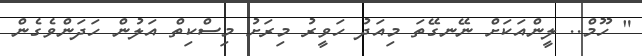
" ހޫމް.. ލީންއަކަށް ނޭނގޭތަ މިއަދު ހަވީރު މިރަށު މިސްކިތް އަލުން ހަދަންވެގެން